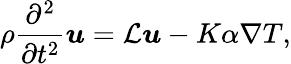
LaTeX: \rho\frac{\partial^{2}}{\partial t^{2}}\boldsymbol{u}=\mathcal{L}\boldsymbol{u}-K\alpha\nabla T,